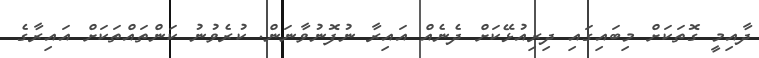
ދާއިމީ ގޮތަކަށް މިބައިގައި ދިރިއުޅޭކަށް ދެނެއް އައިރާ ނުފޮނުވާނަން. ކުރެވުނު ކަންތައްތަކަށް އައިރާގެ